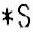
*S